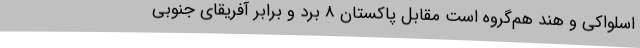
اسلواکی و هند هم‌گروه است مقابل پاکستان 8 برد و برابر آفریقای جنوبی